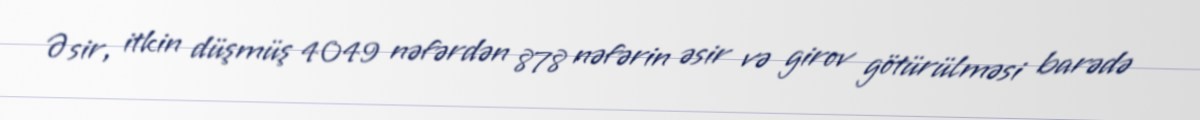
Əsir, itkin düşmüş 4049 nəfərdən 878 nəfərin əsir və girov götürülməsi barədə